Civil Veterinary Department. Central Provinces & Berar 1932-41 - 1932-1941
Year: 1932
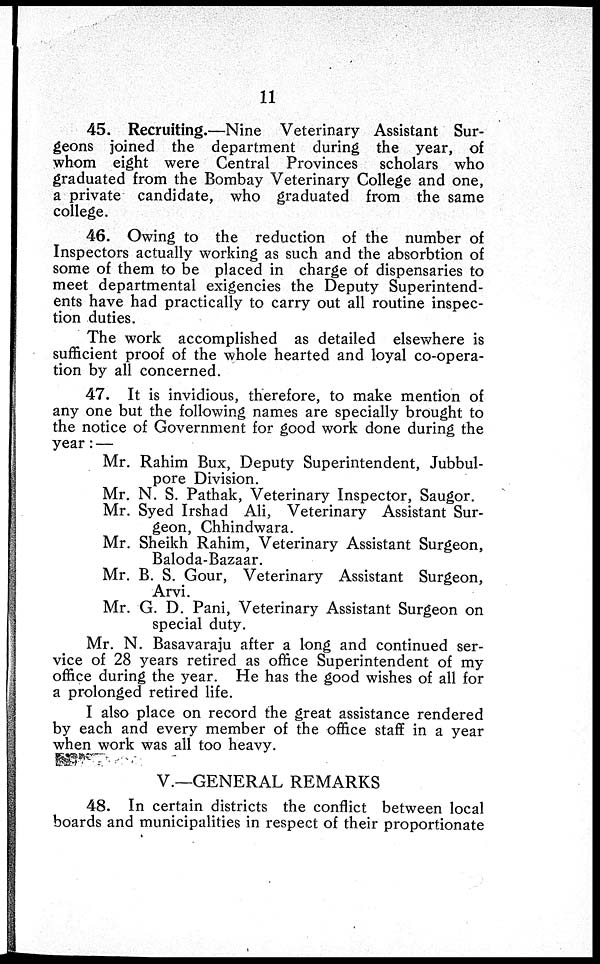
11
45. Recruiting.—Nine Veterinary Assistant Sur-
geons joined the department during the year, of
whom eight were Central Provinces scholars who
graduated from the Bombay Veterinary College and one,
a private candidate, who graduated from the same
college.
46. Owing to the reduction of the number of
Inspectors actually working as such and the absorbtion of
some of them to be placed in charge of dispensaries to
meet departmental exigencies the Deputy Superintend-
ents have had practically to carry out all routine inspec-
tion duties.
The work accomplished as detailed elsewhere is
sufficient proof of the whole hearted and loyal co-opera-
tion by all concerned.
47. It is invidious, therefore, to make mention of
any one but the following names are specially brought to
the notice of Government for good work done during the
year: —
Mr. Rahim Bux, Deputy Superintendent, Jubbul-
pore Division.
Mr. N. S. Pathak, Veterinary Inspector, Saugor.
Mr. Syed Irshad Ali, Veterinary Assistant Sur-
geon, Chhindwara.
Mr. Sheikh Rahim, Veterinary Assistant Surgeon,
Baloda-Bazaar.
Mr. B. S. Gour, Veterinary Assistant Surgeon,
Arvi.
Mr. G. D. Pani, Veterinary Assistant Surgeon on
special duty.
Mr. N. Basavaraju after a long and continued ser-
vice of 28 years retired as office Superintendent of my
office during the year. He has the good wishes of all for
a prolonged retired life.
I also place on record the great assistance rendered
by each and every member of the office staff in a year
when work was all too heavy.
V.—GENERAL REMARKS
48. In certain districts the conflict between local
boards and municipalities in respect of their proportionate